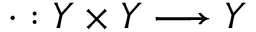
\cdot : Y \times Y \longrightarrow Y